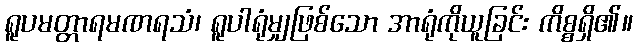
ရူပမတ္တာရမဏရသံ၊ ရူပါရုံမျှဖြစ်သော အာရုံကိုယူခြင်း ကိစ္စရှိ၏။